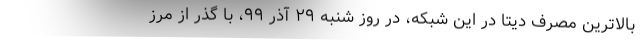
بالاترین مصرف دیتا در این شبکه، در روز شنبه ۲۹ آذر ۹۹، با گذر از مرز